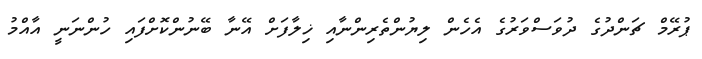
ޕުރޭމް ޗަންދުގެ ދުވަސްވަރުގެ އެހެން ލިޔުންތެރިންނާއި ޚިލާފަށް އޭނާ ބޭނުންކޮށްފައި ހުންނަނީ އާއްމު